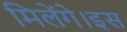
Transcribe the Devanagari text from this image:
मिलेंगे।इस